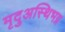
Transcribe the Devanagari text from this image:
मृदुअस्थिभग्न